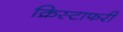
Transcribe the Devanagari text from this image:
क्रिस्टाफरी